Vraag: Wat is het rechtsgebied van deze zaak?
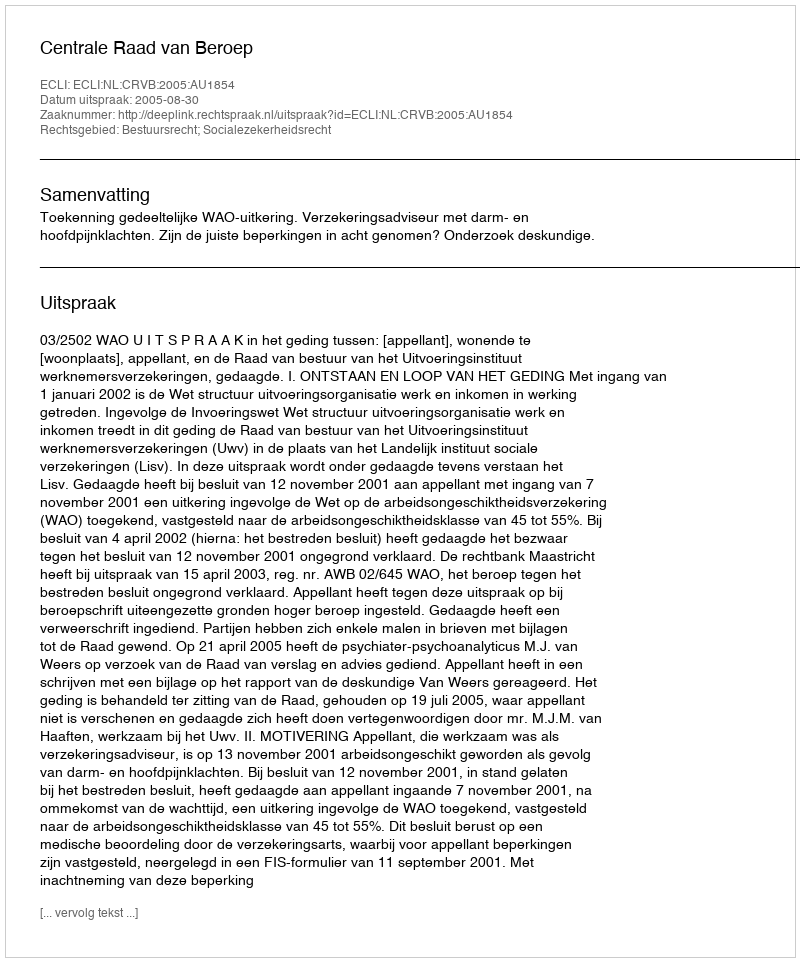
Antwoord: Bestuursrecht; Socialezekerheidsrecht